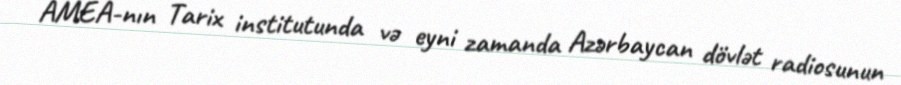
AMEA-nın Tarix institutunda və eyni zamanda Azərbaycan dövlət radiosunun